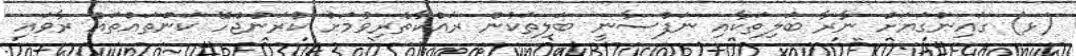
(ޅ) ގައިންގަޔަށް ނާރާ ބަލިތަކާއި ނަފްސާނީ ބަލިތަކުން ރައްކާތެރިވުމަށް ކުރަންޖެހޭ ކަންތައްތައް ރާވައި